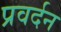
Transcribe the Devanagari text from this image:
प्रवर्दन